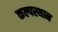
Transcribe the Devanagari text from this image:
कल्पस्थान